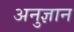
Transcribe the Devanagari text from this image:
अनुज्ञान